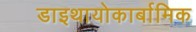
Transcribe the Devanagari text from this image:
डाइथायोकार्बामिक